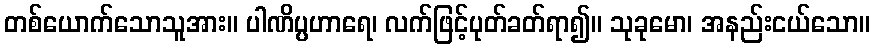
တစ်ယောက်သောသူအား။ ပါဏိပ္ပဟာရေ၊ လက်ဖြင့်ပုတ်ခတ်ရာ၍။ သုခုမော၊ အနည်းငယ်သော။